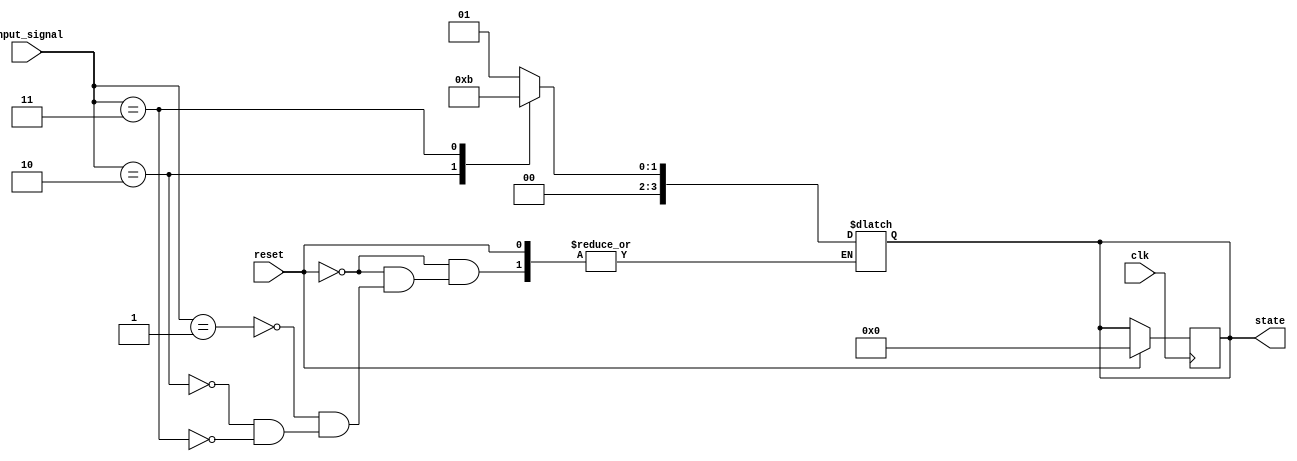
module SynchronousReset (
    input wire clk,       // Clock input
    input wire reset,     // Reset control signal
    input wire [3:0] input_signal, // Example input for state transition
    output reg [3:0] state // State output
);

    // Define the reset value
    localparam RESET_VALUE = 4'b0000;

    // Combinational logic for state transitions (example)
    always @(*) begin
        if (reset) begin
            // No operation, state will be updated in the clock block
            state = state; 
        end else begin
            // Update state based on input_signal (example behavior)
            case (input_signal)
                4'b0001: state = 4'b0001; // Example transition
                4'b0010: state = 4'b0010; // Example transition
                4'b0011: state = 4'b0011; // Example transition
                default: state = state;    // Stay in current state
            endcase
        end
    end

    // Synchronous reset logic
    always @(posedge clk) begin
        if (reset) begin
            state <= RESET_VALUE; // Set to reset value on reset
        end else begin
            // State transition will be handled here if reset is not asserted
            // The state will be updated based on the logic from combinational block
            // (It can be a default next state or anything based on your design)
        end
    end

endmodule